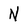
Character: N